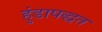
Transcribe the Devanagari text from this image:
हुंडापद्धत